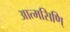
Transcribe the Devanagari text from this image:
आत्मसिणि्